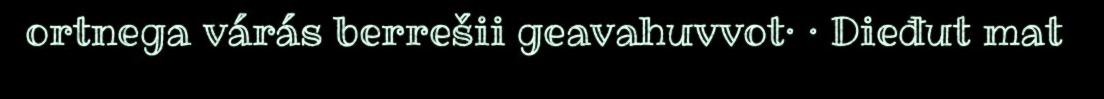
ortnega várás berrešii geavahuvvot· · Dieđut mat